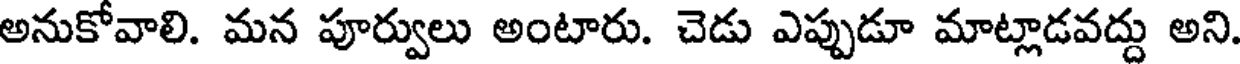
అనుకోవాలి. మన పూర్వులు అంటారు. చెడు ఎప్పుడూ మాట్లాడవద్దు అని